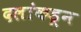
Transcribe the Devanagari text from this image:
दलांकडून